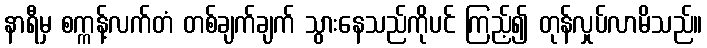
နာရီမှ စက္ကန့်လက်တံ တစ်ချက်ချက် သွားနေသည်ကိုပင် ကြည့်၍ တုန်လှုပ်လာမိသည်။